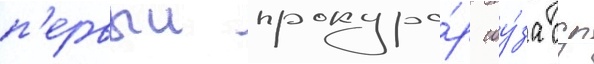
п'ервыи прокуро́р соу́за сср